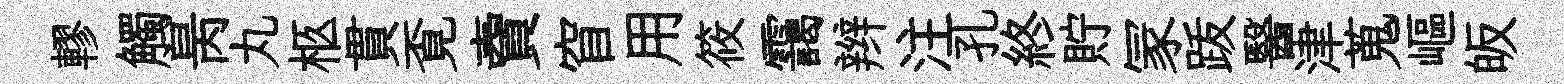
轇觸昺丸柩貫覔𧶠窅用筱靄辫注孔終貯冡䟦醫津蒐嶇皈